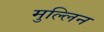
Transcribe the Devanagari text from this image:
मुल्लिन